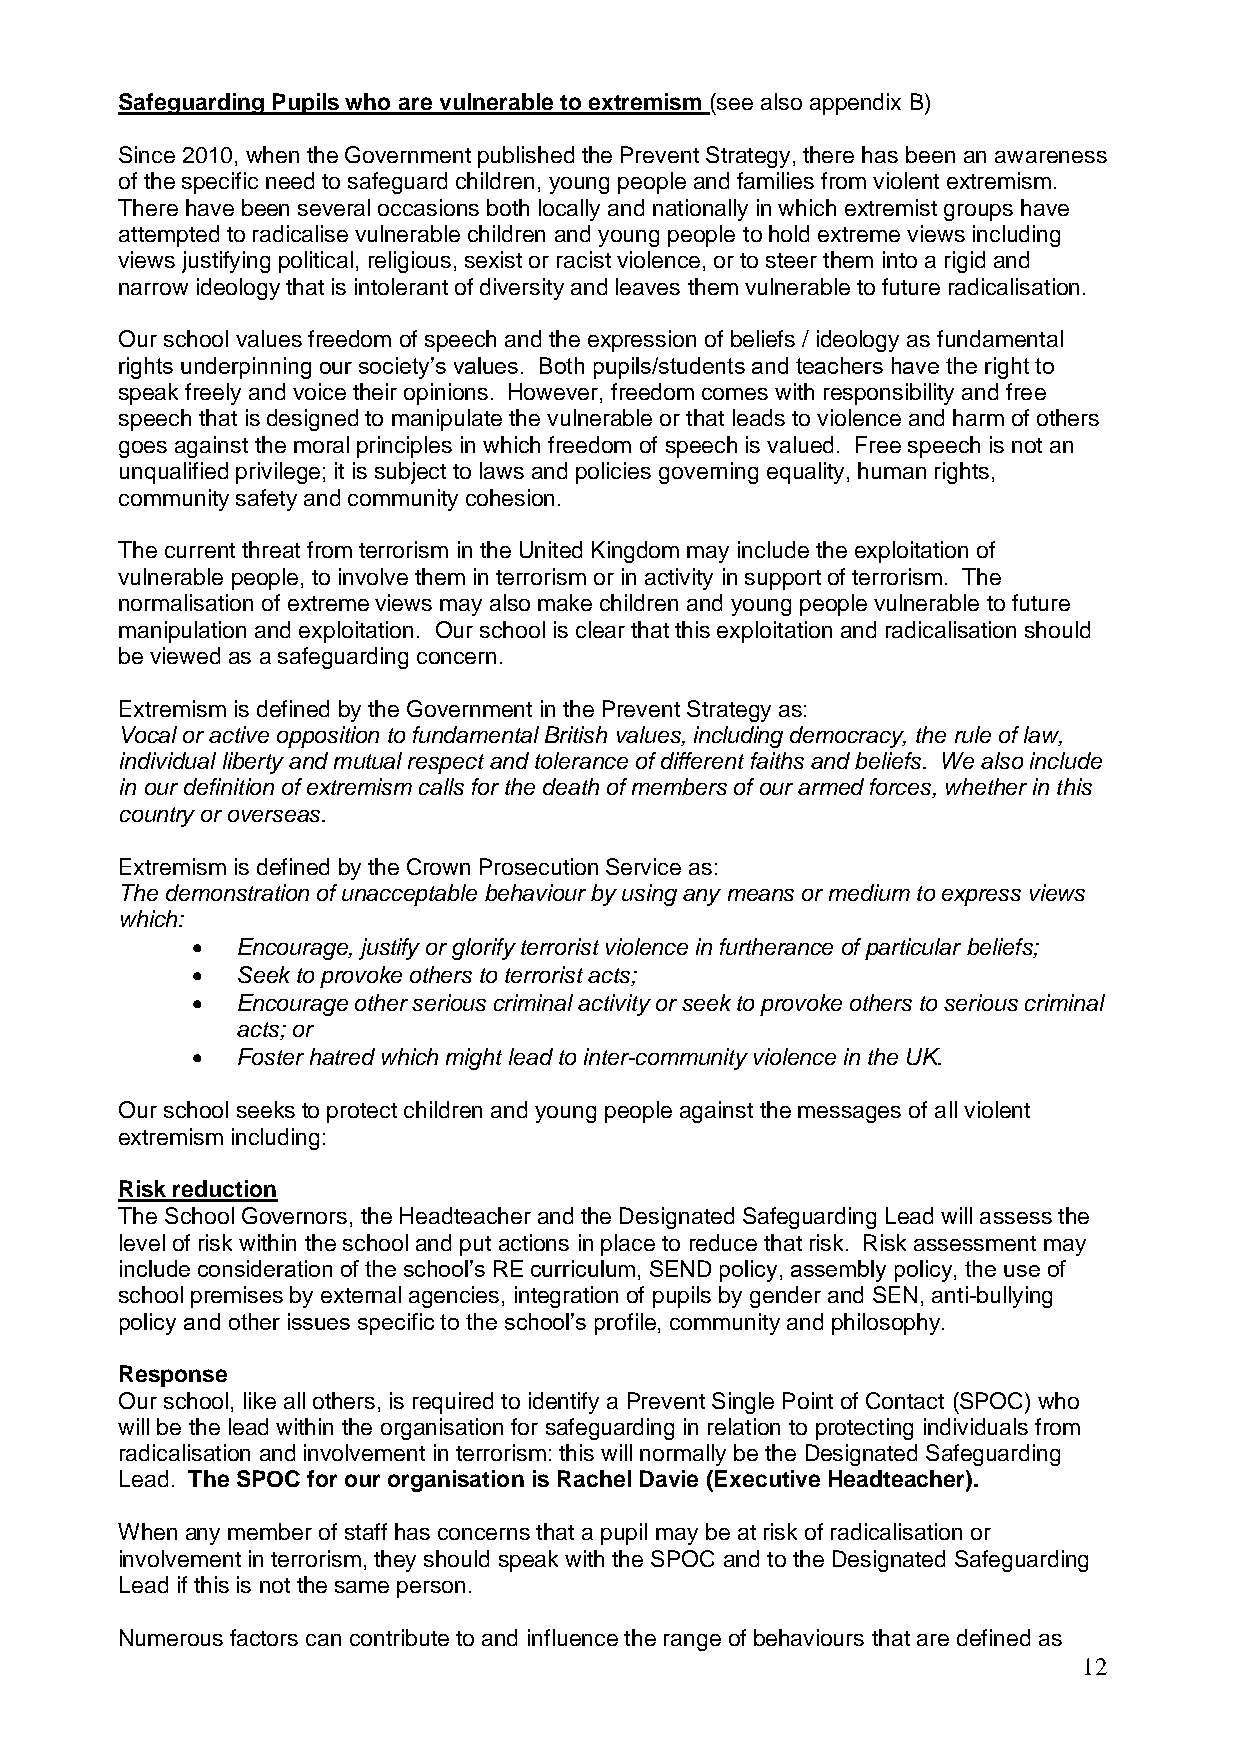
Safeguarding Pupils who are vulnerable to extremism (see also appendix B)
 Since 2010, when the Government published the Prevent Strategy, there has been an awareness
 of the specific need to safeguard children, young people and families from violent extremism.
 There have been several occasions both locally and nationally in which extremist groups have
 attempted to radicalise vulnerable children and young people to hold extreme views including
 views justifying political, religious, sexist or racist violence, or to steer them into a rigid and
 narrow ideology that is intolerant of diversity and leaves them vulnerable to future radicalisation.
 Our school values freedom of speech and the expression of beliefs / ideology as fundamental
 rights underpinning our society’s values. Both pupils/students and teachers have the right to
 speak freely and voice their opinions. However, freedom comes with responsibility and free
 speech that is designed to manipulate the vulnerable or that leads to violence and harm of others
 goes against the moral principles in which freedom of speech is valued. Free speech is not an
 unqualified privilege; it is subject to laws and policies governing equality, human rights,
 community safety and community cohesion.
 The current threat from terrorism in the United Kingdom may include the exploitation of
 vulnerable people, to involve them in terrorism or in activity in support of terrorism. The
 normalisation of extreme views may also make children and young people vulnerable to future
 manipulation and exploitation. Our school is clear that this exploitation and radicalisation should
 be viewed as a safeguarding concern.
 Extremism is defined by the Government in the Prevent Strategy as:
 Vocal or active opposition to fundamental British values, including democracy, the rule of law,
 individual liberty and mutual respect and tolerance of different faiths and beliefs. We also include
 in our definition of extremism calls for the death of members of our armed forces, whether in this
 country or overseas.
 Extremism is defined by the Crown Prosecution Service as:
 The demonstration of unacceptable behaviour by using any means or medium to express views
 which:
   Encourage, justify or glorify terrorist violence in furtherance of particular beliefs;
   Seek to provoke others to terrorist acts;
   Encourage other serious criminal activity or seek to provoke others to serious criminal
 acts; or
   Foster hatred which might lead to inter-community violence in the UK.
 Our school seeks to protect children and young people against the messages of all violent
 extremism including:
 Risk reduction
 The School Governors, the Headteacher and the Designated Safeguarding Lead will assess the
 level of risk within the school and put actions in place to reduce that risk. Risk assessment may
 include consideration of the school’s RE curriculum, SEND policy, assembly policy, the use of
 school premises by external agencies, integration of pupils by gender and SEN, anti-bullying
 policy and other issues specific to the school’s profile, community and philosophy.
 Response
 Our school, like all others, is required to identify a Prevent Single Point of Contact (SPOC) who
 will be the lead within the organisation for safeguarding in relation to protecting individuals from
 radicalisation and involvement in terrorism: this will normally be the Designated Safeguarding
 Lead. The SPOC for our organisation is Rachel Davie (Executive Headteacher).
 When any member of staff has concerns that a pupil may be at risk of radicalisation or
 involvement in terrorism, they should speak with the SPOC and to the Designated Safeguarding
 Lead if this is not the same person.
 Numerous factors can contribute to and influence the range of behaviours that are defined as
 12